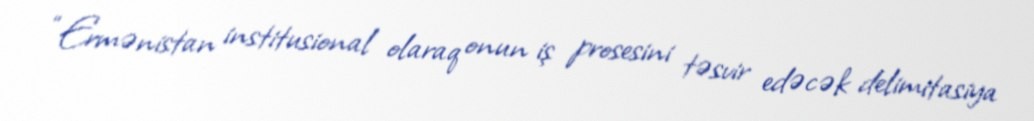
“Ermənistan institusional olaraq onun iş prosesini təsvir edəcək delimitasiya